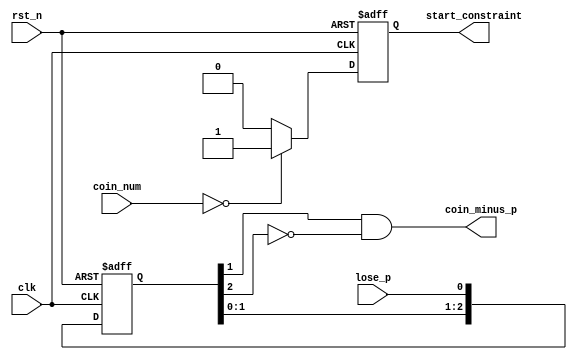
`timescale 1ns / 1ps
//////////////////////////////////////////////////////////////////////////////////
// Company: 
// Engineer: 
// 
// Design Name: 
// Module Name:    Constraint 
// Project Name: 
// Target Devices: 
// Tool versions: 
// Description: 
//
// Dependencies: 
//
// Revision: 
// Revision 0.01 - File Created
// Additional Comments: 
//
//////////////////////////////////////////////////////////////////////////////////
module Constraint(
input		clk,
input		rst_n,
input		lose_p,
input	[3:0]	coin_num,
output reg start_constraint,
output wire coin_minus_p
    );


parameter WELCOME = 4'b0000, GAME = 4'b0001, SCORE = 4'b0010, ERROR = 4'b0011, COIN = 4'b0100, PASS = 4'b0101;

always@(posedge clk or negedge rst_n)
	begin
		if(~rst_n)
			start_constraint <= 0;
		else if(coin_num == 4'h0)
			start_constraint <= 1;
		else
			start_constraint <= 0;
	end

reg [2:0] turn_delay = 3'h0;

always@(posedge clk or negedge rst_n)
	begin
		if(~rst_n)
			turn_delay <= 3'h0;
		else
			turn_delay <= {turn_delay[1:0], lose_p};
	end


assign coin_minus_p = turn_delay[1] && (~turn_delay[2]);


endmodule